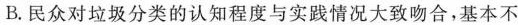
B.民众对垃圾分类的认知程度与实践情况大致吻合，基本不